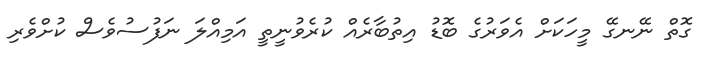
ގޮތް ނޭނގޭ މީހަކަށް އެވަރުގެ ބޮޑު އިތުބާރެއް ކުރެވުނީތީ އަމިއްލަ ނަފުސުވެސް ކުށްވެރި